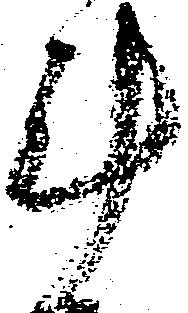
斗